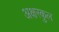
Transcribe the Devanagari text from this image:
अक्षरकुल